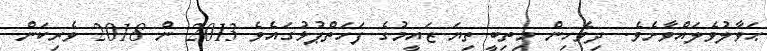
ޙަވާލުވެލައްވާށެވެ. ދިވެހިން މިތިބީ ތިޔަ ޒައީމުގެ ފަހަތްޕުޅުގައެވެ 2013 ން 2018 ވެރިކަން